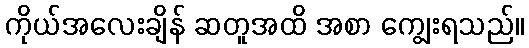
ကိုယ်အလေးချိန် ဆတူအထိ အစာ ကျွေးရသည်။